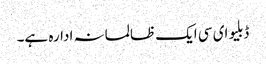
ڈبلیو ای سی ایک ظالمانہ ادارہ ہے۔